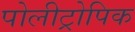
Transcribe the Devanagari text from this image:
पोलीट्रोपिक